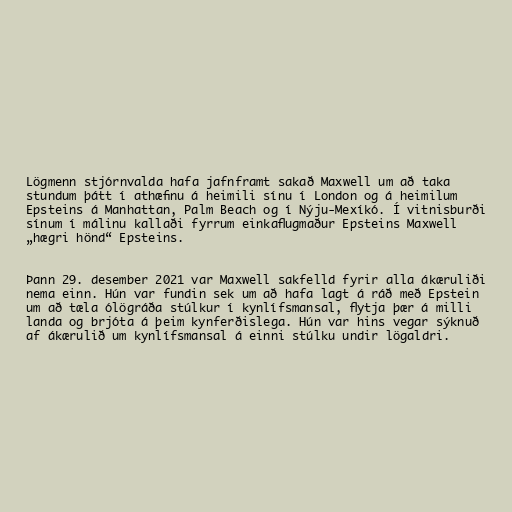
Lögmenn stjórnvalda hafa jafnframt sakað Maxwell um að taka
stundum þátt í athæfinu á heim­ili sínu í London og á heim­il­um
Ep­steins á Man­hatt­an, Palm Beach og í Nýju-Mexí­kó. Í vitnisburði
sínum í málinu kallaði fyrrum einkaflugmaður Epsteins Maxwell
„hægri hönd“ Epsteins.

Þann 29. desember 2021 var Maxwell sakfelld fyrir alla ákæruliði
nema einn. Hún var fundin sek um að hafa lagt á ráð með Ep­stein
um að tæla ólögráða stúlkur í kyn­lífsman­sal, flytja þær á milli
landa og brjóta á þeim kyn­ferðis­lega. Hún var hins vegar sýknuð
af ákærulið um kynlífsmansal á einni stúlku undir lögaldri.